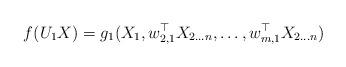
LaTeX: \begin{align*}f(U_1X)=g_{1}(X_1, w_{2,1}^\top X_{2\ldots n},\ldots,w_{m,1}^\top X_{2\ldots n})\end{align*}